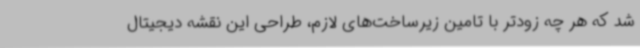
شد که هر چه زودتر با تامین زیرساخت‌های لازم، طراحی این نقشه دیجیتال